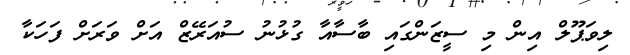
ލިވަޕޫލް އިން މި ސީޒަންގައި ބާސާއާ ގުޅުނު ސުއަރޭޒް އަށް ވަރަށް ފަހަކާ